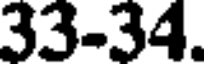
33-34.